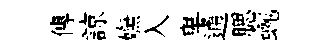
傳諒嫵入卑通腮蜿